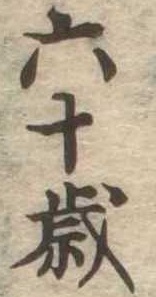
六十歳